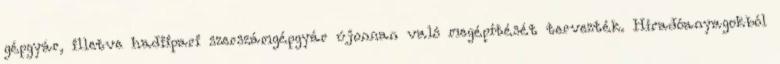
gépgyár, illetve hadiipari szerszámgépgyár újonnan való megépítését tervezték. Híradóanyagokból